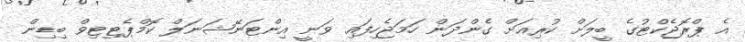
އެ ޕްރޮޖެކްޓުގެ ބީލަށް ކުރިއަށް ގެންދަން ހަމަޖެހިފައި ވަނީ އިންޓަނޭޝަނަލް ކޮމްޕެޓިޓިވް ބިޑިން